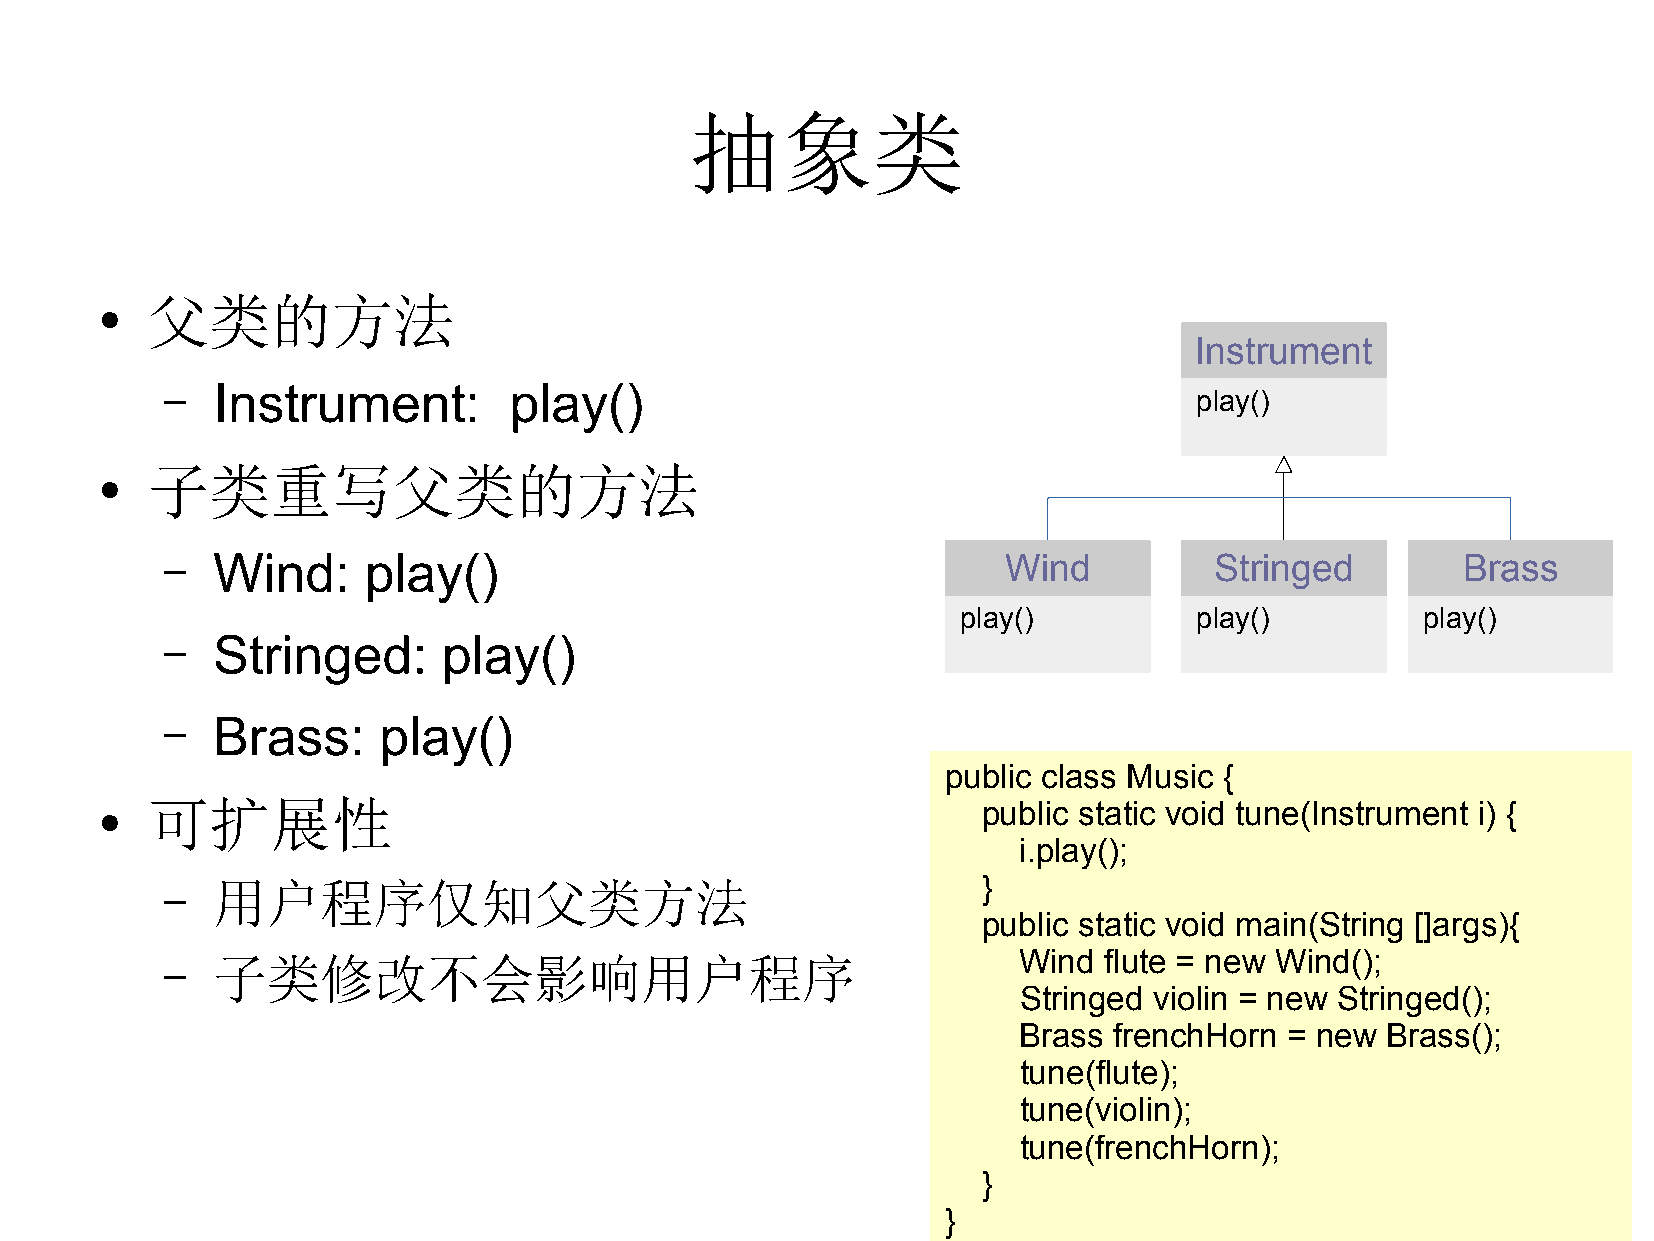
抽象类
 父类的方法
 ●
 Instrument
 –  Instrument:         play()
 play()
 子类重写父类的方法
 ●
 –  Wind:     play()                                     Wind         Stringed         Brass
 play()         play()         play()
 –  Stringed:      play()
 –  Brass:     play()
 public class Music {
 可扩展性                                                   public static void tune(Instrument i) {
 ●
 i.play();
 –  用户程序仅知父类方法                                         }
 public static void main(String []args){
 –  子类修改不会影响用户程序                                         Wind  flute = new Wind();
 Stringed violin = new Stringed();
 Brass  frenchHorn = new  Brass();
 tune(flute);
 tune(violin);
 tune(frenchHorn);
 }
 }